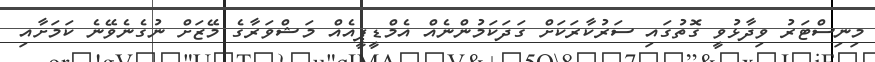
މިނިސްޓަރު ވިދާޅުވީ ގޮތުގައި ސަރުކާރަކަށް ގަދަކަމުންނެއް އެމްޑީޕީއެއް މަޝްވަރާގެ މޭޒަށް ނުގެނެވޭނެ ކަމަށާއި